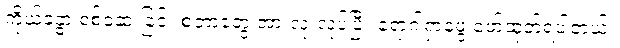
ကိုယ်ခန္ဓာ စစ်ဆေးခြင်း စတာတွေ အားလုံးလုပ်ပြီး ရောဂါရှာဖွေ ဖော်ထုတ်ရပါတယ်။